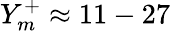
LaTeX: Y_{m}^{+}\approx 11-27